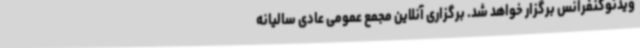
ویدئوکنفرانس برگزار خواهد شد. برگزاری آنلاین مجمع عمومی عادی سالیانه